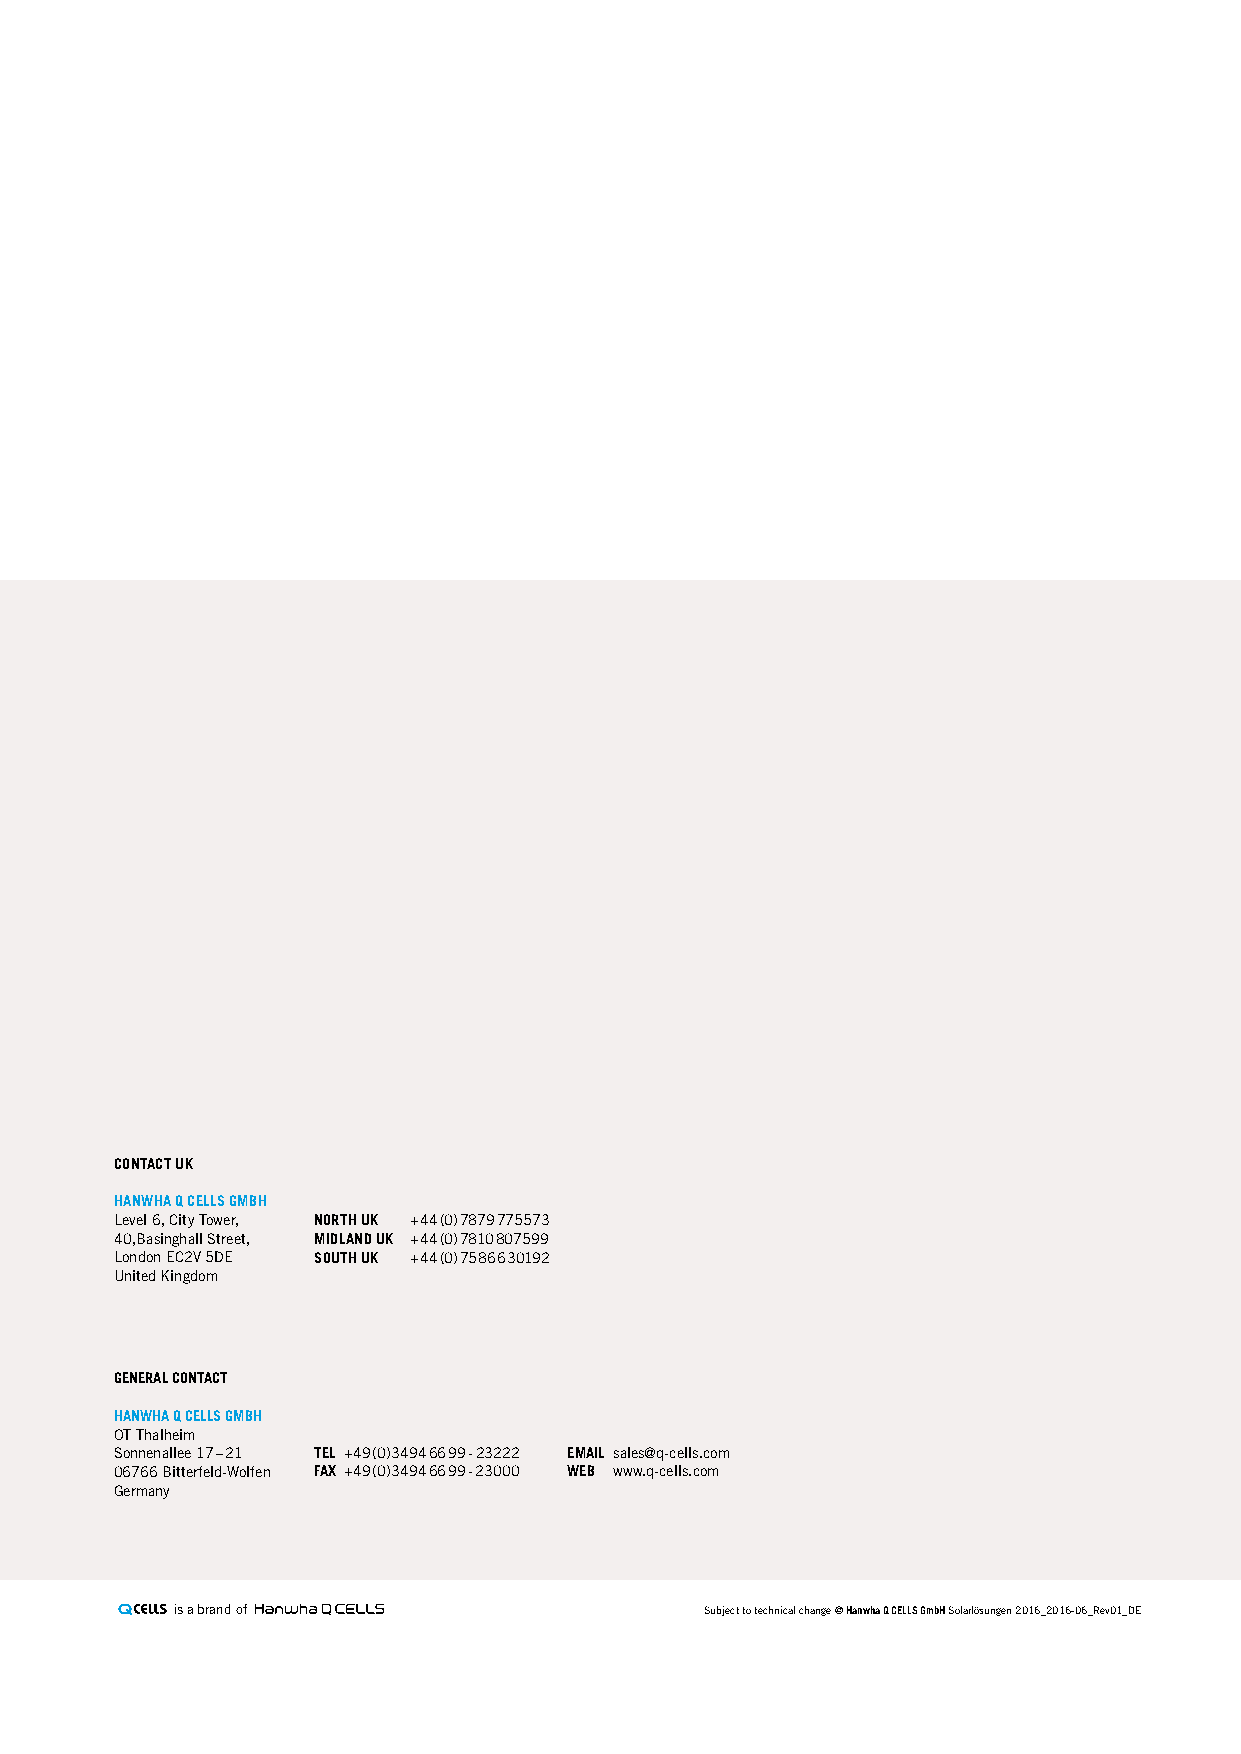
CoNtaCt uK
 haNWha Q Cells Gmbh
 Level 6, City Tower, North uK +44 (0) 7879 775573
 40,Basinghall Street, midlaNd uK +44 (0) 7810 807599
 London EC2V 5DE south uK +44 (0) 7586 630192
 United Kingdom
 General contact
 HanwHa q cellS GmBH
 OT Thalheim
 Sonnenallee 17 – 21 tel +49 (0)3494 66 99 - 23222 email sales@q-cells.com
 06766 Bitterfeld-Wolfen faX +49 (0)3494 66 99 - 23000 weB www.q-cells.com
 Germany
 is a brand of                       Subject to technical change © Hanwha q cellS GmbH Solarlösungen 2016_2016-06_Rev01_DE